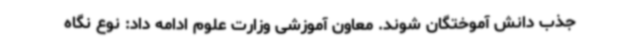
جذب دانش آموختگان شوند. معاون آموزشی وزارت علوم ادامه داد: نوع نگاه